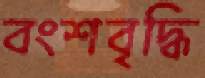
বংশবৃদ্ধি